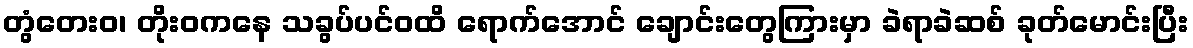
တွံတေးဝ၊ တိုးဝကနေ သခွပ်ပင်ဝထိ ရောက်အောင် ချောင်းတွေကြားမှာ ခဲရာခဲဆစ် ခုတ်မောင်းပြီး